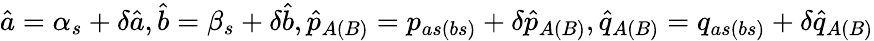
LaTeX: \hat{a}=\alpha_{s}+\delta\hat{a},\hat{b}=\beta_{s}+\delta\hat{b},\hat{p}_{A(B)}=p_{as(bs)}+\delta\hat{p}_{A(B)},\hat{q}_{A(B)}=q_{as(bs)}+\delta\hat{q}_{A(B)}